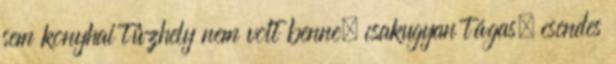
sem konyhai tûzhely nem volt benne, csakugyan tágas, csendes